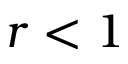
r < 1